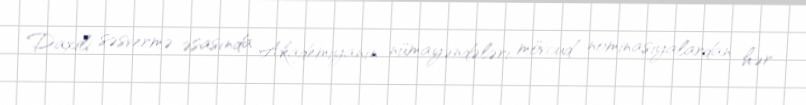
Daxili səsvermə əsasında Akademiyanın nümayəndələri mövcud nominasiyalardan hər